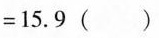
$$= 1 5 . 9$$ ( )